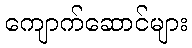
ကျောက်ဆောင်များ